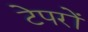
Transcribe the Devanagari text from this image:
टेपरों